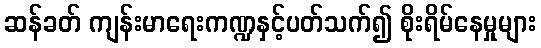
ဆန်ခတ် ကျန်းမာရေးကဏ္ဍနှင့်ပတ်သက်၍ စိုးရိမ်နေမှုများ